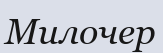
Милочер